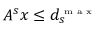
A ^ { s } x \leq d _ { s } ^ { \textrm { \tiny m a x } }